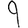
Digit: 9